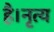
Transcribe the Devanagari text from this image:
है।नृत्य